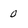
Character: 0